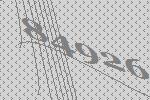
84926